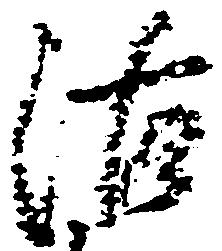
沽